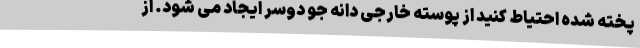
پخته شده احتیاط کنید از پوسته خارجی دانه جو دوسر ایجاد می شود. از